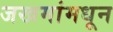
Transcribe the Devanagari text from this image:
जखमांमधून